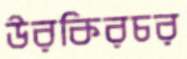
উরকিরচর